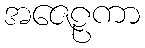
အဇေဠကာ